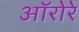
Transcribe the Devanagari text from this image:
ऑरोरे